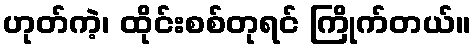
ဟုတ်ကဲ့၊ ထိုင်းစစ်တုရင် ကြိုက်တယ်။